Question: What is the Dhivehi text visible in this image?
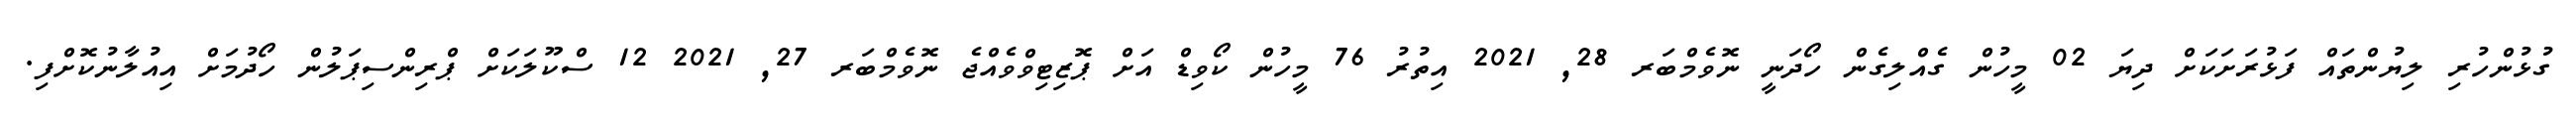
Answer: ގުޅުންހުރި ލިޔުންތައް ފަޅުރަށަކަށް ދިޔަ 02 މީހުން ގެއްލިގެން ހޯދަނީ ނޮވެމްބަރ 28, 2021 އިތުރު 76 މީހުން ކޯވިޑް އަށް ޕޮޒިޓިވްވެއްޖެ ނޮވެމްބަރ 27, 2021 12 ސްކޫލަކަށް ޕްރިންސިޕަލުން ހޯދުމަށް އިއުލާނުކޮށްފި.